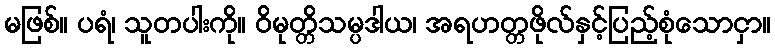
မဖြစ်။ ပရံ၊ သူတပါးကို။ ဝိမုတ္တိသမ္ပဒါယ၊ အရဟတ္တဖိုလ်နှင့်ပြည့်စုံသောငှာ။